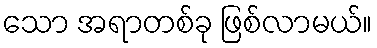
သော အရာတစ်ခု ဖြစ်လာမယ်။